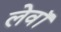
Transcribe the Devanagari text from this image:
लेवॉ